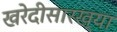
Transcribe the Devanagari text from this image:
खरेदीसारख्या